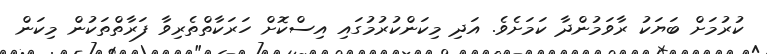
ކުރުމަށް ބަޔަކު ރާވަމުންދާ ކަމަށެވެ. އަދި މިކަންކުރުމުގައި އިސްކޮށް ހަރަކާތްތެރިވާ ފަރާތްތަކުން މިކަން